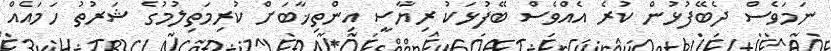
ނަމަވެސް ދެބޭފުޅުން ކުރެ އެއްވެސް ބޭފުޅަކު ރިޔާސީ އިންތިޚާބަށް ކުރިމަތިލުމުގެ ޝަރުތު ހަމައެއް